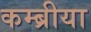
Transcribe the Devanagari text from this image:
कम्ब्रीया